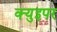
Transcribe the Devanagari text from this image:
क्युइपर